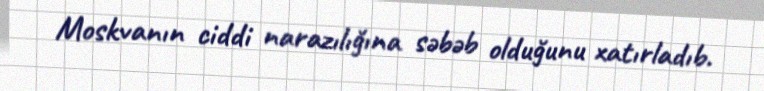
Moskvanın ciddi narazılığına səbəb olduğunu xatırladıb.